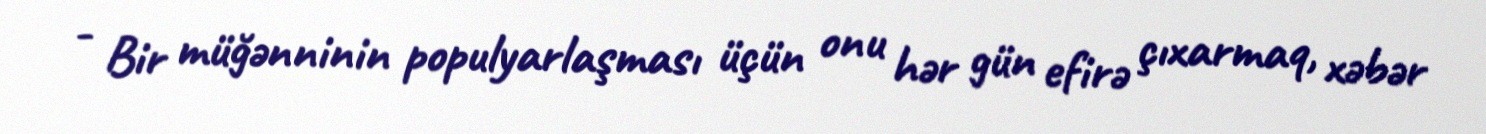
- Bir müğənninin populyarlaşması üçün onu hər gün efirə çıxarmaq, xəbər